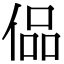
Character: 偘